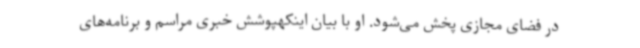
در فضای مجازی پخش می‌شود. او با بیان اینکهپوشش خبری مراسم و برنامه‌های